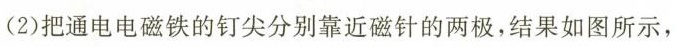
(2)把通电电磁铁的钉尖分别靠近磁针的两极，结果如图所示，